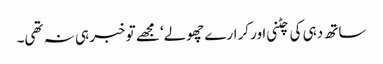
ساتھ دہی کی چٹنی اور کرارے چھولے‘ مجھے تو خبر ہی نہ تھی۔